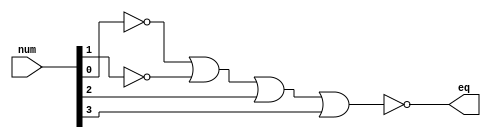
`timescale 1ns / 1ps

// compare 4-bit number with const value (3)
// eq = 1 when numbers equal
module const_compare(input [3:0] num, output eq);
  wire [3:0] const = 4'b0011;
  wire [3:0] xor_out;
  
  xor(xor_out[0], num[0], const[0]);
  xor(xor_out[1], num[1], const[1]);
  xor(xor_out[2], num[2], const[2]);
  xor(xor_out[3], num[3], const[3]);
  or(or_out, xor_out[0], xor_out[1], xor_out[2], xor_out[3]);
  not(eq, or_out);
endmodule